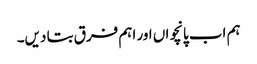
ہم اب پانچواں اور اہم فرق بتا دیں۔